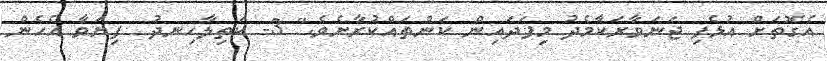
އެގޮތަށް އުޅެފި ޖަނަވާރަކާމެދު މިފަދައިން ކަންތައްކުރާށެވެ." 3- ކަތިލާހިނދު  ފިޔަވާ އެހެން